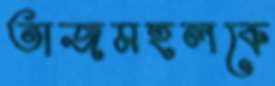
তাজমহলকে